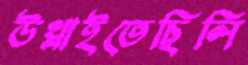
উথ্‌লাইতেছিলি